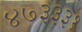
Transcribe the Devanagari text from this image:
४७३३३१